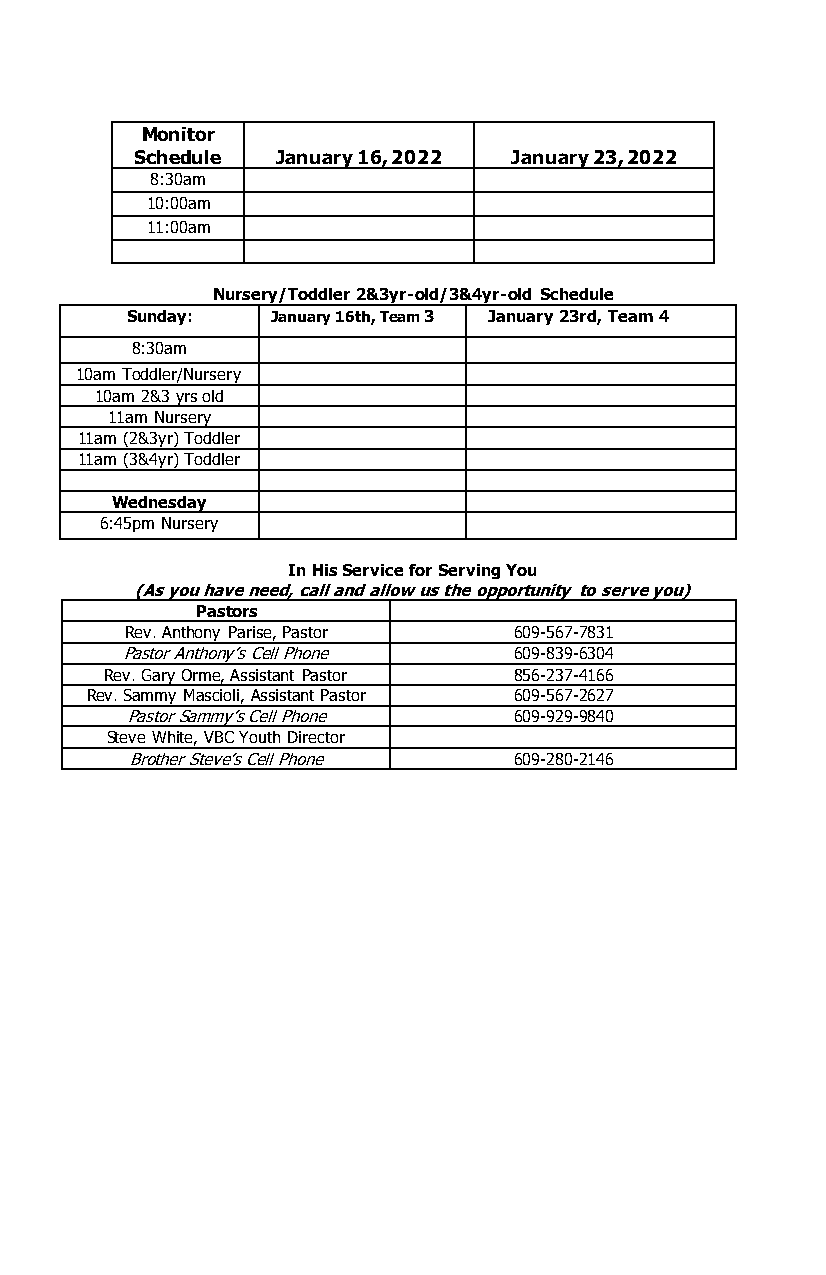
Monitor
 Schedule January 16, 2022 January 23, 2022
 8:30am
 10:00am
 11:00am
 Nursery/Toddler 2&3yr-old/3&4yr-old Schedule
 Sunday:   January 16th, Team 3 January 23rd, Team 4
 8:30am
 10am Toddler/Nursery
 10am 2&3 yrs old
 11am Nursery
 11am (2&3yr) Toddler
 11am (3&4yr) Toddler
 Wednesday
 6:45pm Nursery
 In His Service for Serving You
 (As you have need, call and allow us the opportunity to serve you)
 Pastors
 Rev. Anthony Parise, Pastor 609-567-7831
 Pastor Anthony’s Cell Phone 609-839-6304
 Rev. Gary Orme, Assistant Pastor 856-237-4166
 Rev. Sammy Mascioli, Assistant Pastor 609-567-2627
 Pastor Sammy’s Cell Phone 609-929-9840
 Steve White, VBC Youth Director
 Brother Steve’s Cell Phone 609-280-2146